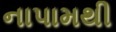
નાપામથી